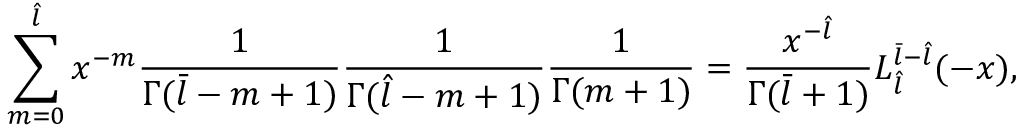
\sum _ { m = 0 } ^ { \hat { l } } x ^ { - m } \frac { 1 } { \Gamma ( \bar { l } - m + 1 ) } \frac { 1 } { \Gamma ( \hat { l } - m + 1 ) } \frac { 1 } { \Gamma ( m + 1 ) } = \frac { x ^ { - \hat { l } } } { \Gamma ( \bar { l } + 1 ) } L _ { \hat { l } } ^ { \bar { l } - \hat { l } } ( - x ) ,